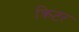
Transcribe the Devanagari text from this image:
क्रिटर